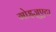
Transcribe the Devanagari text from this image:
गोइज़ुएटा